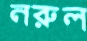
নরুল